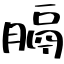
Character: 膈